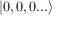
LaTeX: | 0 , 0 , 0 . . . \rangle